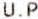
U.P